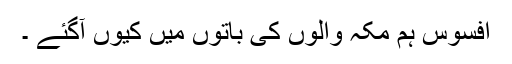
افسوس ہم مکہ والوں کی باتوں میں کیوں آگئے ۔